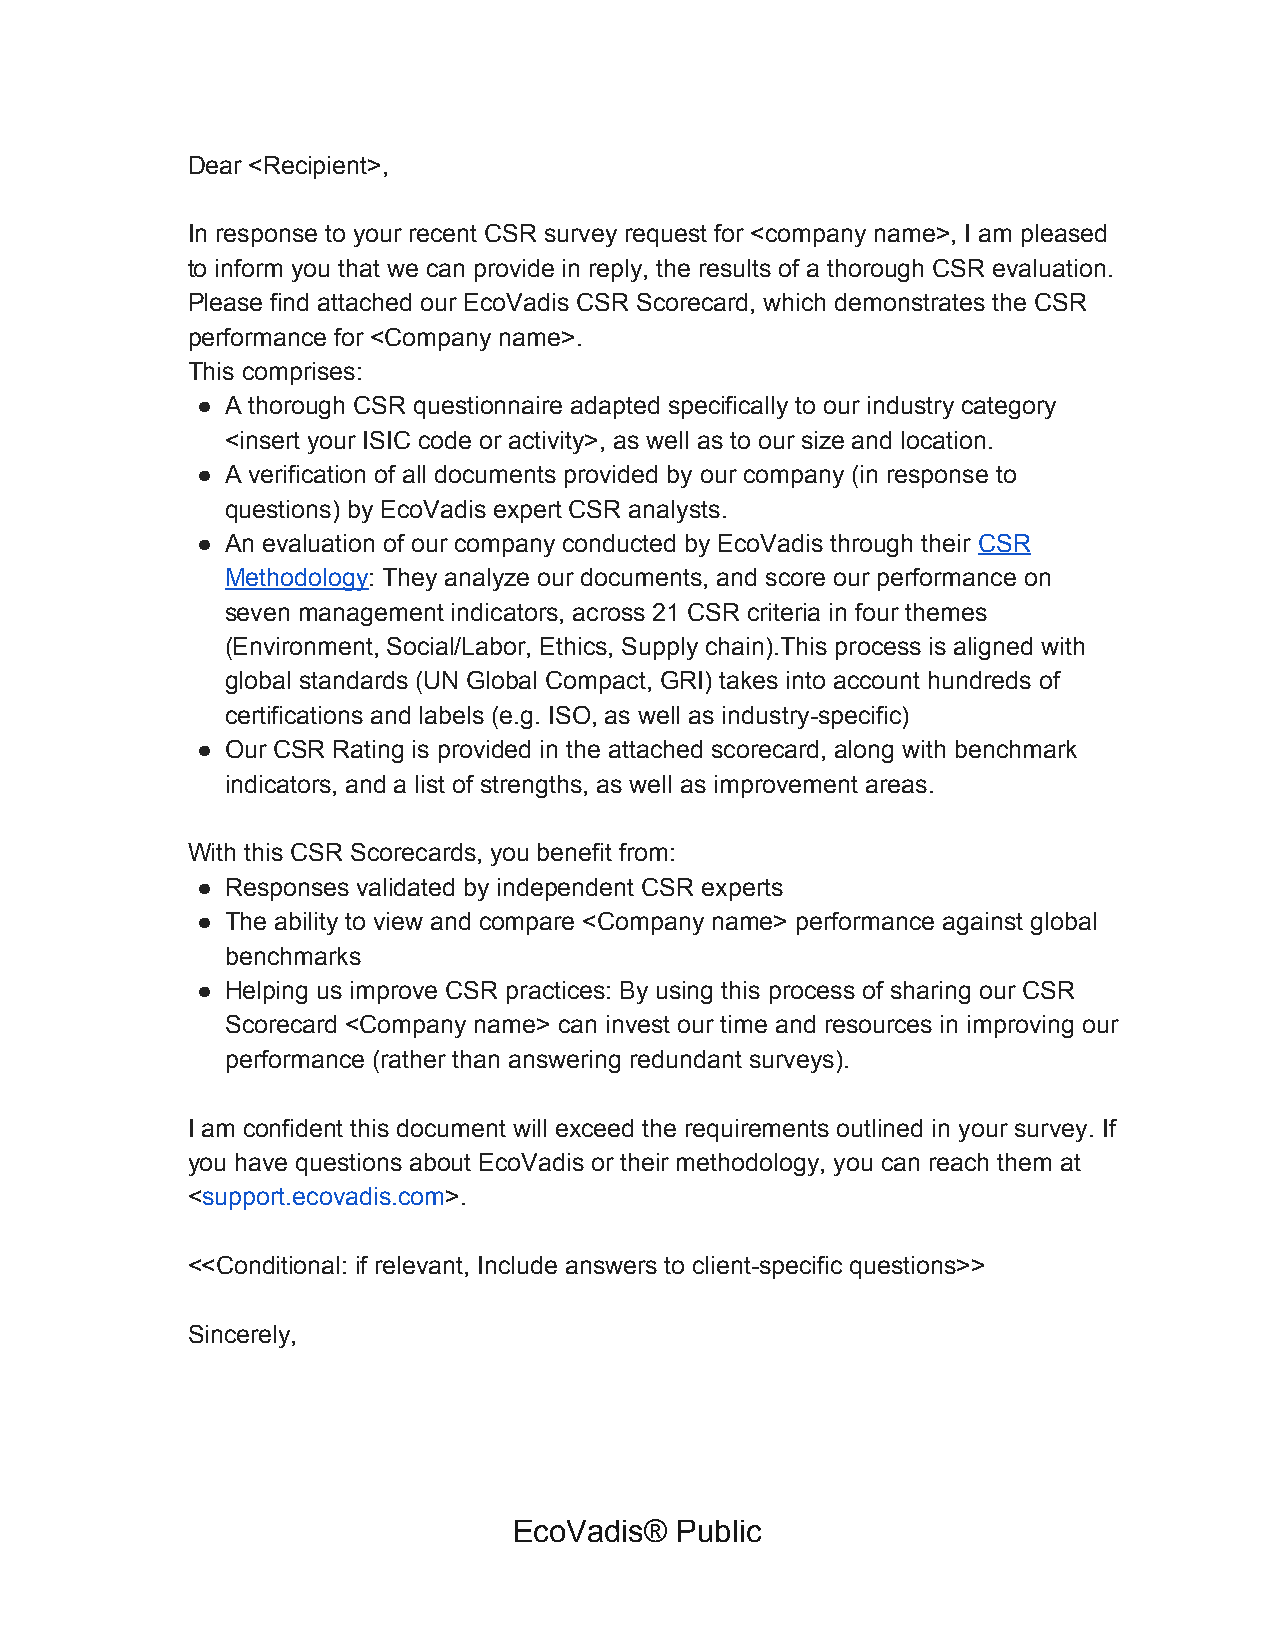
Dear <Recipient>,
 In response to your recent CSR survey request for <company name>, I am pleased
 to inform you that we can provide in reply, the results of a thorough CSR evaluation.
 Please find attached our EcoVadis CSR Scorecard, which demonstrates the CSR
 performance for <Company name>.
 This comprises:
 ● A thorough CSR questionnaire adapted specifically to our industry category
 <insert your ISIC code or activity>, as well as to our size and location.
 ● A verification of all documents provided by our company (in response to
 questions) by EcoVadis expert CSR analysts.
 ● An evaluation of our company conducted by EcoVadis through their CSR
 ​
 Methodology: They analyze our documents, and score our performance on
 ​
 seven management indicators, across 21 CSR criteria in four themes
 (Environment, Social/Labor, Ethics, Supply chain).This process is aligned with
 global standards (UN Global Compact, GRI) takes into account hundreds of
 certifications and labels (e.g. ISO, as well as industry-specific)
 ● Our CSR Rating is provided in the attached scorecard, along with benchmark
 indicators, and a list of strengths, as well as improvement areas.
 With this CSR Scorecards, you benefit from:
 ● Responses validated by independent CSR experts
 ● The ability to view and compare <Company name> performance against global
 benchmarks
 ● Helping us improve CSR practices: By using this process of sharing our CSR
 Scorecard <Company name> can invest our time and resources in improving our
 performance (rather than answering redundant surveys).
 I am confident this document will exceed the requirements outlined in your survey. If
 ​
 you have questions about EcoVadis or their methodology, you can reach them at
 <support.ecovadis.com>.
 ​               ​
 <<Conditional: if relevant, Include answers to client-specific questions>>
 Sincerely,
 EcoVadis®  Public